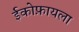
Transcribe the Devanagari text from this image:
ईकोफ़ायला